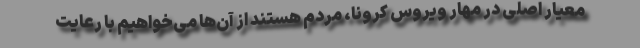
معیار اصلی در مهار ویروس کرونا، مردم هستند از آن‌ها می‌خواهیم با رعایت